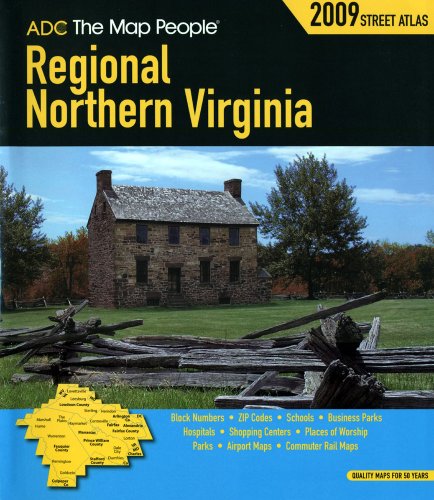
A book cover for Regional Northern VA Atlas (American Map Regional Street Atlas: Northern Virginia); ADC The Map People; Travel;